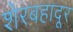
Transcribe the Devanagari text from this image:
शेरबहादूर